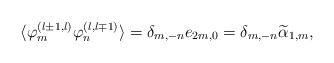
\begin{align*}\langle \varphi^{(l\pm1,l)}_m\varphi^{(l,l\mp1)}_n \rangle=\delta_{m,-n}e_{2m,0}=\delta_{m,-n}\widetilde{\alpha}_{1,m},\end{align*}